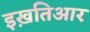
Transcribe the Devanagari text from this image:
इख़तिआर